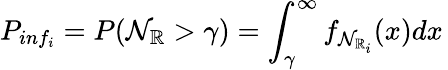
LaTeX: P_{inf_{i}}=P(\mathcal{N}_{\mathbb{R}}>\gamma)=\int_{\gamma}^{\infty}f_{\mathcal{N}_{\mathbb{R}_{i}}}(x)dx\,